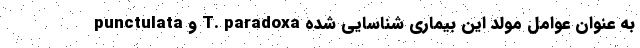
punctulata و T. paradoxa به عنوان عوامل مولد این بیماری شناسایی شده